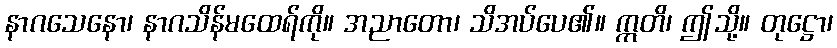
နာဂသေနော၊ နာဂသိန်မထေရ်ကို။ အညာတော၊ သိအပ်ပေ၏။ ဣတိ၊ ဤသို့။ တုဋ္ဌော၊